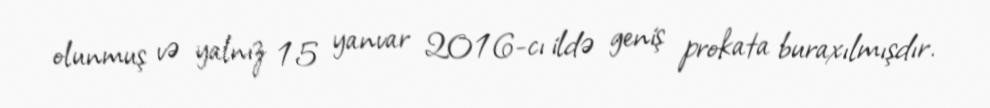
olunmuş və yalnız 15 yanvar 2016-cı ildə geniş prokata buraxılmışdır.